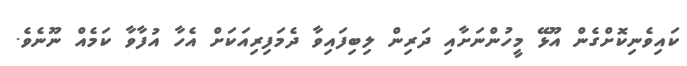
ކައިވެނިކޮށްގެން އޫޅޭ މީހުންނަށާއި ދަރިން ލިބިފައިވާ ދެމަފިރިއަކަށް އެހާ އުފާވާ ކަމެއް ނޫނެވެ.